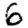
Digit: 6